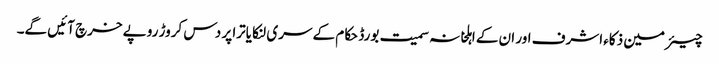
چیئرمین ذکاء اشرف اور ان کے اہلخانہ سمیت بورڈ حکام کے سری لنکا یاترا پر دس کروڑ روپے خرچ آئیں گے۔